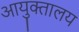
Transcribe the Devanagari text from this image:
आयुक्‍तालय